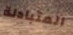
المتبادلة